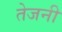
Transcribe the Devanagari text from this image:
तेजनी